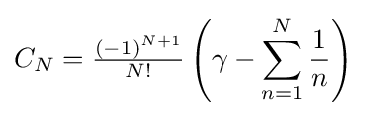
{\textstyle C_{N}={\frac {(-1)^{N+1}}{N!}}\left(\gamma -\displaystyle \sum _{n=1}^{N}{\frac {1}{n}}\right)}